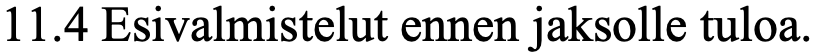
11.4 Esivalmistelut ennen jaksolle tuloa.